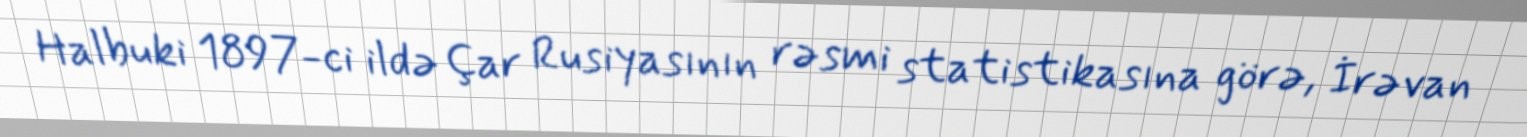
Halbuki 1897-ci ildə Çar Rusiyasının rəsmi statistikasına görə, İrəvan